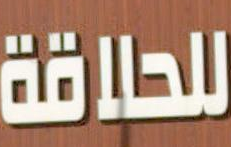
للحلاقة